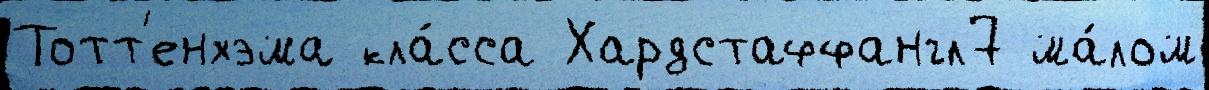
Тотт'енхэма кла́сса Хардстаффангл7 ма́лом